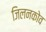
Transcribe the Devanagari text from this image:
जिलनकोव